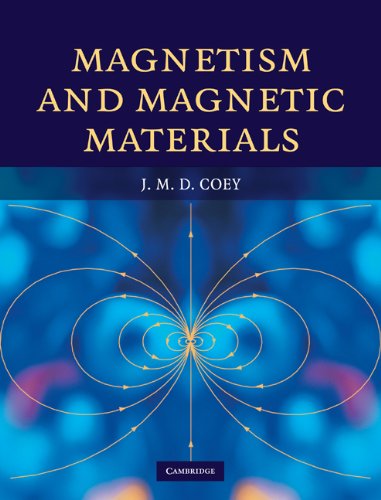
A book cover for Magnetism and Magnetic Materials; J. M. D. Coey; Science & Math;